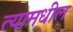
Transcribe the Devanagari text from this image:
त्‍यामधील